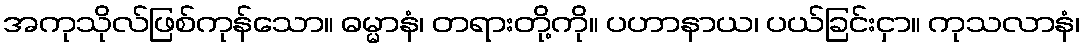
အကုသိုလ်ဖြစ်ကုန်သော။ ဓမ္မာနံ၊ တရားတို့ကို။ ပဟာနာယ၊ ပယ်ခြင်းငှာ။ ကုသလာနံ၊